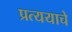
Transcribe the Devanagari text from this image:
प्रत्ययाचे